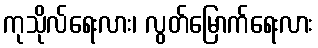
ကုသိုလ်ရေးလား၊ လွတ်မြောက်ရေးလား